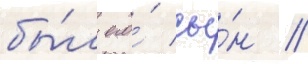
бы́л его́ сы́н //